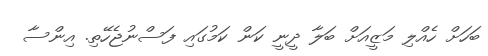
ބަހަށް ހެއްލި މަޒީއަށް ބަލާ ދީނީ ކަން ކަމުގައި ފަސްނުޖެހޭތި. އިންސާ